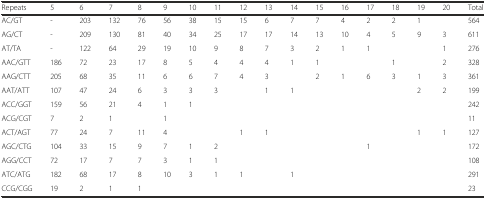
<table><thead><tr><td><b>Repeats</b></td><td><b>5</b></td><td><b>6</b></td><td><b>7</b></td><td><b>8</b></td><td><b>9</b></td><td><b>10</b></td><td><b>11</b></td><td><b>12</b></td><td><b>13</b></td><td><b>14</b></td><td><b>15</b></td><td><b>16</b></td><td><b>17</b></td><td><b>18</b></td><td><b>19</b></td><td><b>20</b></td><td><b>Total</b></td></tr></thead><tbody><tr><td>AC/GT</td><td>-</td><td>203</td><td>132</td><td>76</td><td>56</td><td>38</td><td>15</td><td>15</td><td>6</td><td>7</td><td>7</td><td>4</td><td>2</td><td>2</td><td>1</td><td></td><td>564</td></tr><tr><td>AG/CT</td><td>-</td><td>209</td><td>130</td><td>81</td><td>40</td><td>34</td><td>25</td><td>17</td><td>17</td><td>14</td><td>13</td><td>10</td><td>4</td><td>5</td><td>9</td><td>3</td><td>611</td></tr><tr><td>AT/TA</td><td>-</td><td>122</td><td>64</td><td>29</td><td>19</td><td>10</td><td>9</td><td>8</td><td>7</td><td>3</td><td>2</td><td>1</td><td>1</td><td></td><td></td><td>1</td><td>276</td></tr><tr><td>AAC/GTT</td><td>186</td><td>72</td><td>23</td><td>17</td><td>8</td><td>5</td><td>4</td><td>4</td><td>4</td><td>1</td><td>1</td><td></td><td></td><td>1</td><td></td><td>2</td><td>328</td></tr><tr><td>AAG/CTT</td><td>205</td><td>68</td><td>35</td><td>11</td><td>6</td><td>6</td><td>7</td><td>4</td><td>3</td><td></td><td>2</td><td>1</td><td>6</td><td>3</td><td>1</td><td>3</td><td>361</td></tr><tr><td>AAT/ATT</td><td>107</td><td>47</td><td>24</td><td>6</td><td>3</td><td>3</td><td>3</td><td></td><td>1</td><td>1</td><td></td><td></td><td></td><td></td><td>2</td><td>2</td><td>199</td></tr><tr><td>ACC/GGT</td><td>159</td><td>56</td><td>21</td><td>4</td><td>1</td><td>1</td><td></td><td></td><td></td><td></td><td></td><td></td><td></td><td></td><td></td><td></td><td>242</td></tr><tr><td>ACG/CGT</td><td>7</td><td>2</td><td>1</td><td></td><td>1</td><td></td><td></td><td></td><td></td><td></td><td></td><td></td><td></td><td></td><td></td><td></td><td>11</td></tr><tr><td>ACT/AGT</td><td>77</td><td>24</td><td>7</td><td>11</td><td>4</td><td></td><td></td><td>1</td><td>1</td><td></td><td></td><td></td><td></td><td></td><td>1</td><td>1</td><td>127</td></tr><tr><td>AGC/CTG</td><td>104</td><td>33</td><td>15</td><td>9</td><td>7</td><td>1</td><td>2</td><td></td><td></td><td></td><td></td><td></td><td>1</td><td></td><td></td><td></td><td>172</td></tr><tr><td>AGG/CCT</td><td>72</td><td>17</td><td>7</td><td>7</td><td>3</td><td>1</td><td>1</td><td></td><td></td><td></td><td></td><td></td><td></td><td></td><td></td><td></td><td>108</td></tr><tr><td>ATC/ATG</td><td>182</td><td>68</td><td>17</td><td>8</td><td>10</td><td>3</td><td>1</td><td>1</td><td></td><td>1</td><td></td><td></td><td></td><td></td><td></td><td></td><td>291</td></tr><tr><td>CCG/CGG</td><td>19</td><td>2</td><td>1</td><td>1</td><td></td><td></td><td></td><td></td><td></td><td></td><td></td><td></td><td></td><td></td><td></td><td></td><td>23</td></tr></tbody></table>